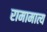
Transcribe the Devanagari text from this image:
रामामात्य